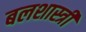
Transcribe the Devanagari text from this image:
बलशास्त्री